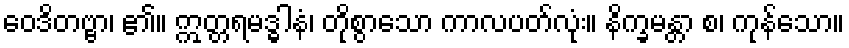
ဝေဒိတဗ္ဗာ၊ ၏။ ဣတ္တရမဒ္ဓါနံ၊ တိုစွာသော ကာလပတ်လုံး။ နိက္ခမန္တာ စ၊ ကုန်သော။